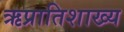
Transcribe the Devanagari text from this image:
ऋप्रातिशाख्य